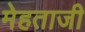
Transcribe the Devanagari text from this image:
मेहताजी